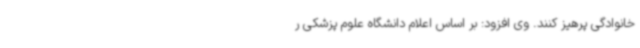
خانوادگی پرهیز کنند. وی افزود: بر اساس اعلام دانشگاه علوم پزشکی ر